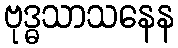
ဗုဒ္ဓသာသနေန